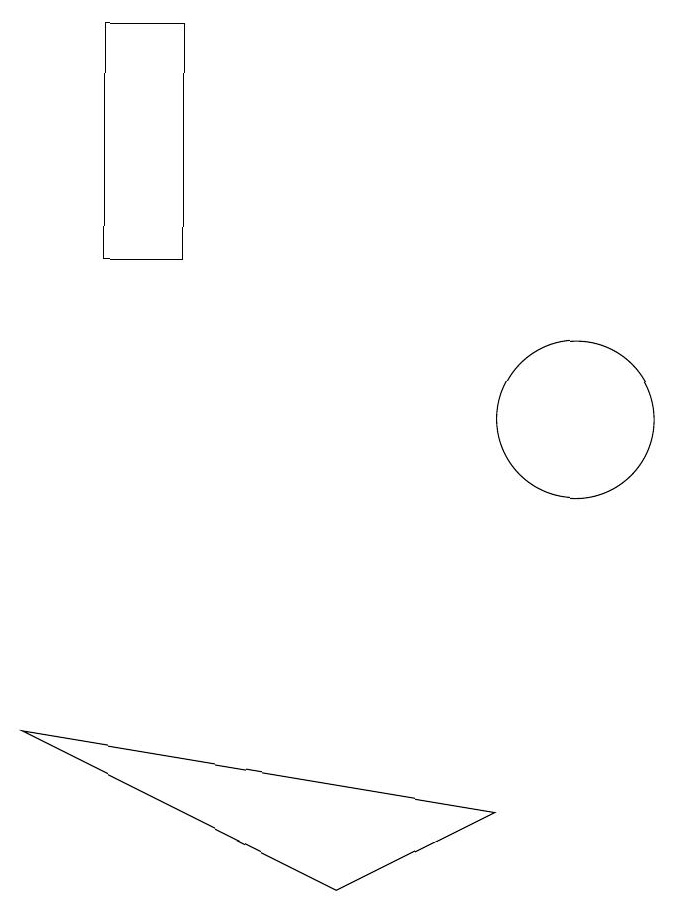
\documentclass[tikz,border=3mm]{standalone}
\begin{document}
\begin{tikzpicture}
\draw (9,6) -- (7,5) -- (3,7) -- cycle;
\draw (10,11) circle (1);
\draw (5,13) rectangle (4,16);
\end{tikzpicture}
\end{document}